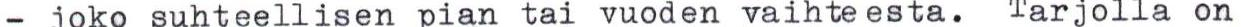
- joko suhteellisen pian tai vuoden vaihteesta. Tarjolla on